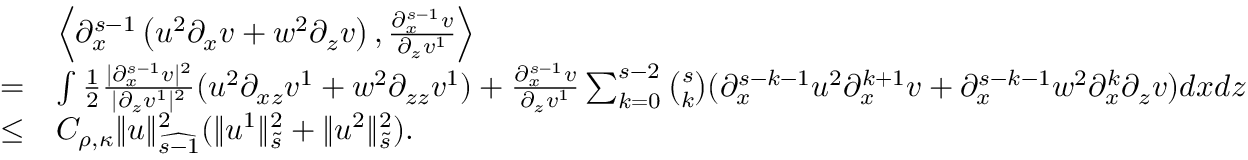
\begin{array} { r l } & { \left\langle \partial _ { x } ^ { s - 1 } \left( u ^ { 2 } \partial _ { x } v + w ^ { 2 } \partial _ { z } v \right) , \frac { \partial _ { x } ^ { s - 1 } v } { \partial _ { z } v ^ { 1 } } \right\rangle } \\ { = } & { \int \frac { 1 } { 2 } \frac { | \partial _ { x } ^ { s - 1 } v | ^ { 2 } } { | \partial _ { z } v ^ { 1 } | ^ { 2 } } ( u ^ { 2 } \partial _ { x z } v ^ { 1 } + w ^ { 2 } \partial _ { z z } v ^ { 1 } ) + \frac { \partial _ { x } ^ { s - 1 } v } { \partial _ { z } v ^ { 1 } } \sum _ { k = 0 } ^ { s - 2 } \binom { s } { k } ( \partial _ { x } ^ { s - k - 1 } u ^ { 2 } \partial _ { x } ^ { k + 1 } v + \partial _ { x } ^ { s - k - 1 } w ^ { 2 } \partial _ { x } ^ { k } \partial _ { z } v ) d x d z } \\ { \leq } & { C _ { \rho , \kappa } \| u \| _ { \widehat { s - 1 } } ^ { 2 } ( \| u ^ { 1 } \| _ { \tilde { s } } ^ { 2 } + \| u ^ { 2 } \| _ { \tilde { s } } ^ { 2 } ) . } \end{array}